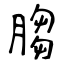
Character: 䐢